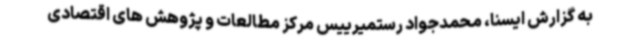
به گزارش ایسنا، محمدجواد رستمیرییس مرکز مطالعات و پژوهش های اقتصادی